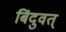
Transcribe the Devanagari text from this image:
बिंदुवत्